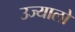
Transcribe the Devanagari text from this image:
उज्यालो